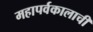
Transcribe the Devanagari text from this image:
महापर्वकालाची